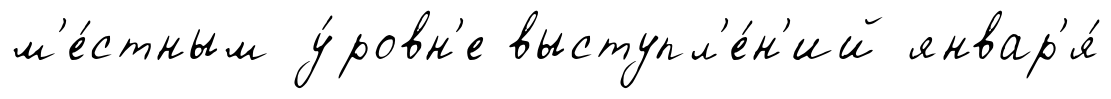
м'е́стным у́ровн'е выступл'е́н'ий январ'я́